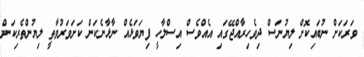
ވަރަކަށް ނުބައިކޮށް ލިޔުނަސް ދިވެހިރާއްޖޭގައި އެއްވެސް އިސްލާހީ ފިޔަވަޅެއް ނާޅާނެކަން ކަށަވަރުވާތީ ލިޔުންތެރިކަން